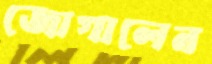
জোগালেন